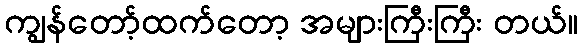
ကျွန်တော့်ထက်တော့ အများကြီးကြီး တယ်။